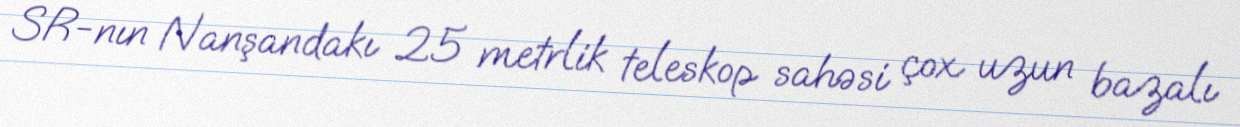
SR-nın Nanşandakı 25 metrlik teleskop sahəsi çox uzun bazalı